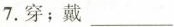
7.穿；戴___